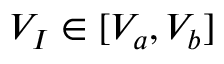
V _ { I } \in [ V _ { a } , V _ { b } ]